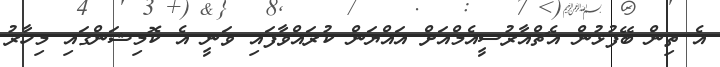
އެ ތިން ބޭފުޅުން އެޗްއާރުސީއެމްއަށް އައްޔަން ކުރައްވާފައި ވަނީ އެ ކޮމިޝަންގައި މިހާރު